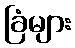
ခြံများ